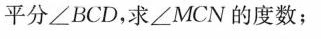
平分∠BCD，求∠MCN的度数；